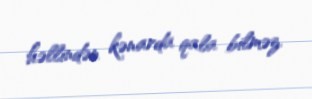
həllindən kənarda qala bilməz.